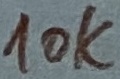
Text: 10K